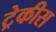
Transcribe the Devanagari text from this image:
ट्रेकीस